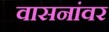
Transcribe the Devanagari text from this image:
वासनांवर